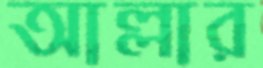
আল্লার